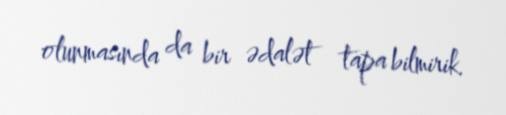
olunmasında da bir ədalət tapa bilmirik.